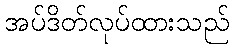
အပ်ဒိတ်လုပ်ထားသည်